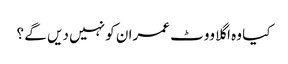
کیا وہ اگلا ووٹ عمران کو نہیں دیں گے ؟